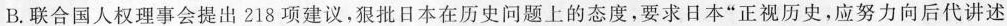
B.联合国人权理事会提出218项建议，狠批日本在历史问题上的态度，要求日本”正视历史，应努力向后代讲述